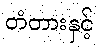
တံတားနှင့်